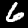
Digit: 6